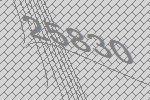
25830